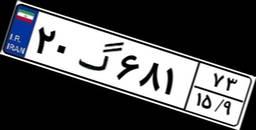
۸۴گ۰۵۳۳۹